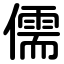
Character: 儒